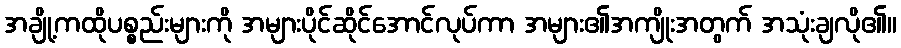
အချို့ကထိုပစ္စည်းများကို အများပိုင်ဆိုင်အောင်လုပ်ကာ အများ၏အကျိုးအတွက် အသုံးချလို၏။